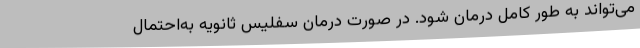
می‌تواند به طور کامل درمان شود. در صورت درمان سفلیس ثانویه به‌احتمال